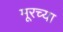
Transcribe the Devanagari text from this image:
मूरच्या